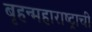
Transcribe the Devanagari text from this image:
बृहन्महाराष्ट्राची